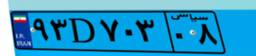
۴۰D۵۲۸۳۱